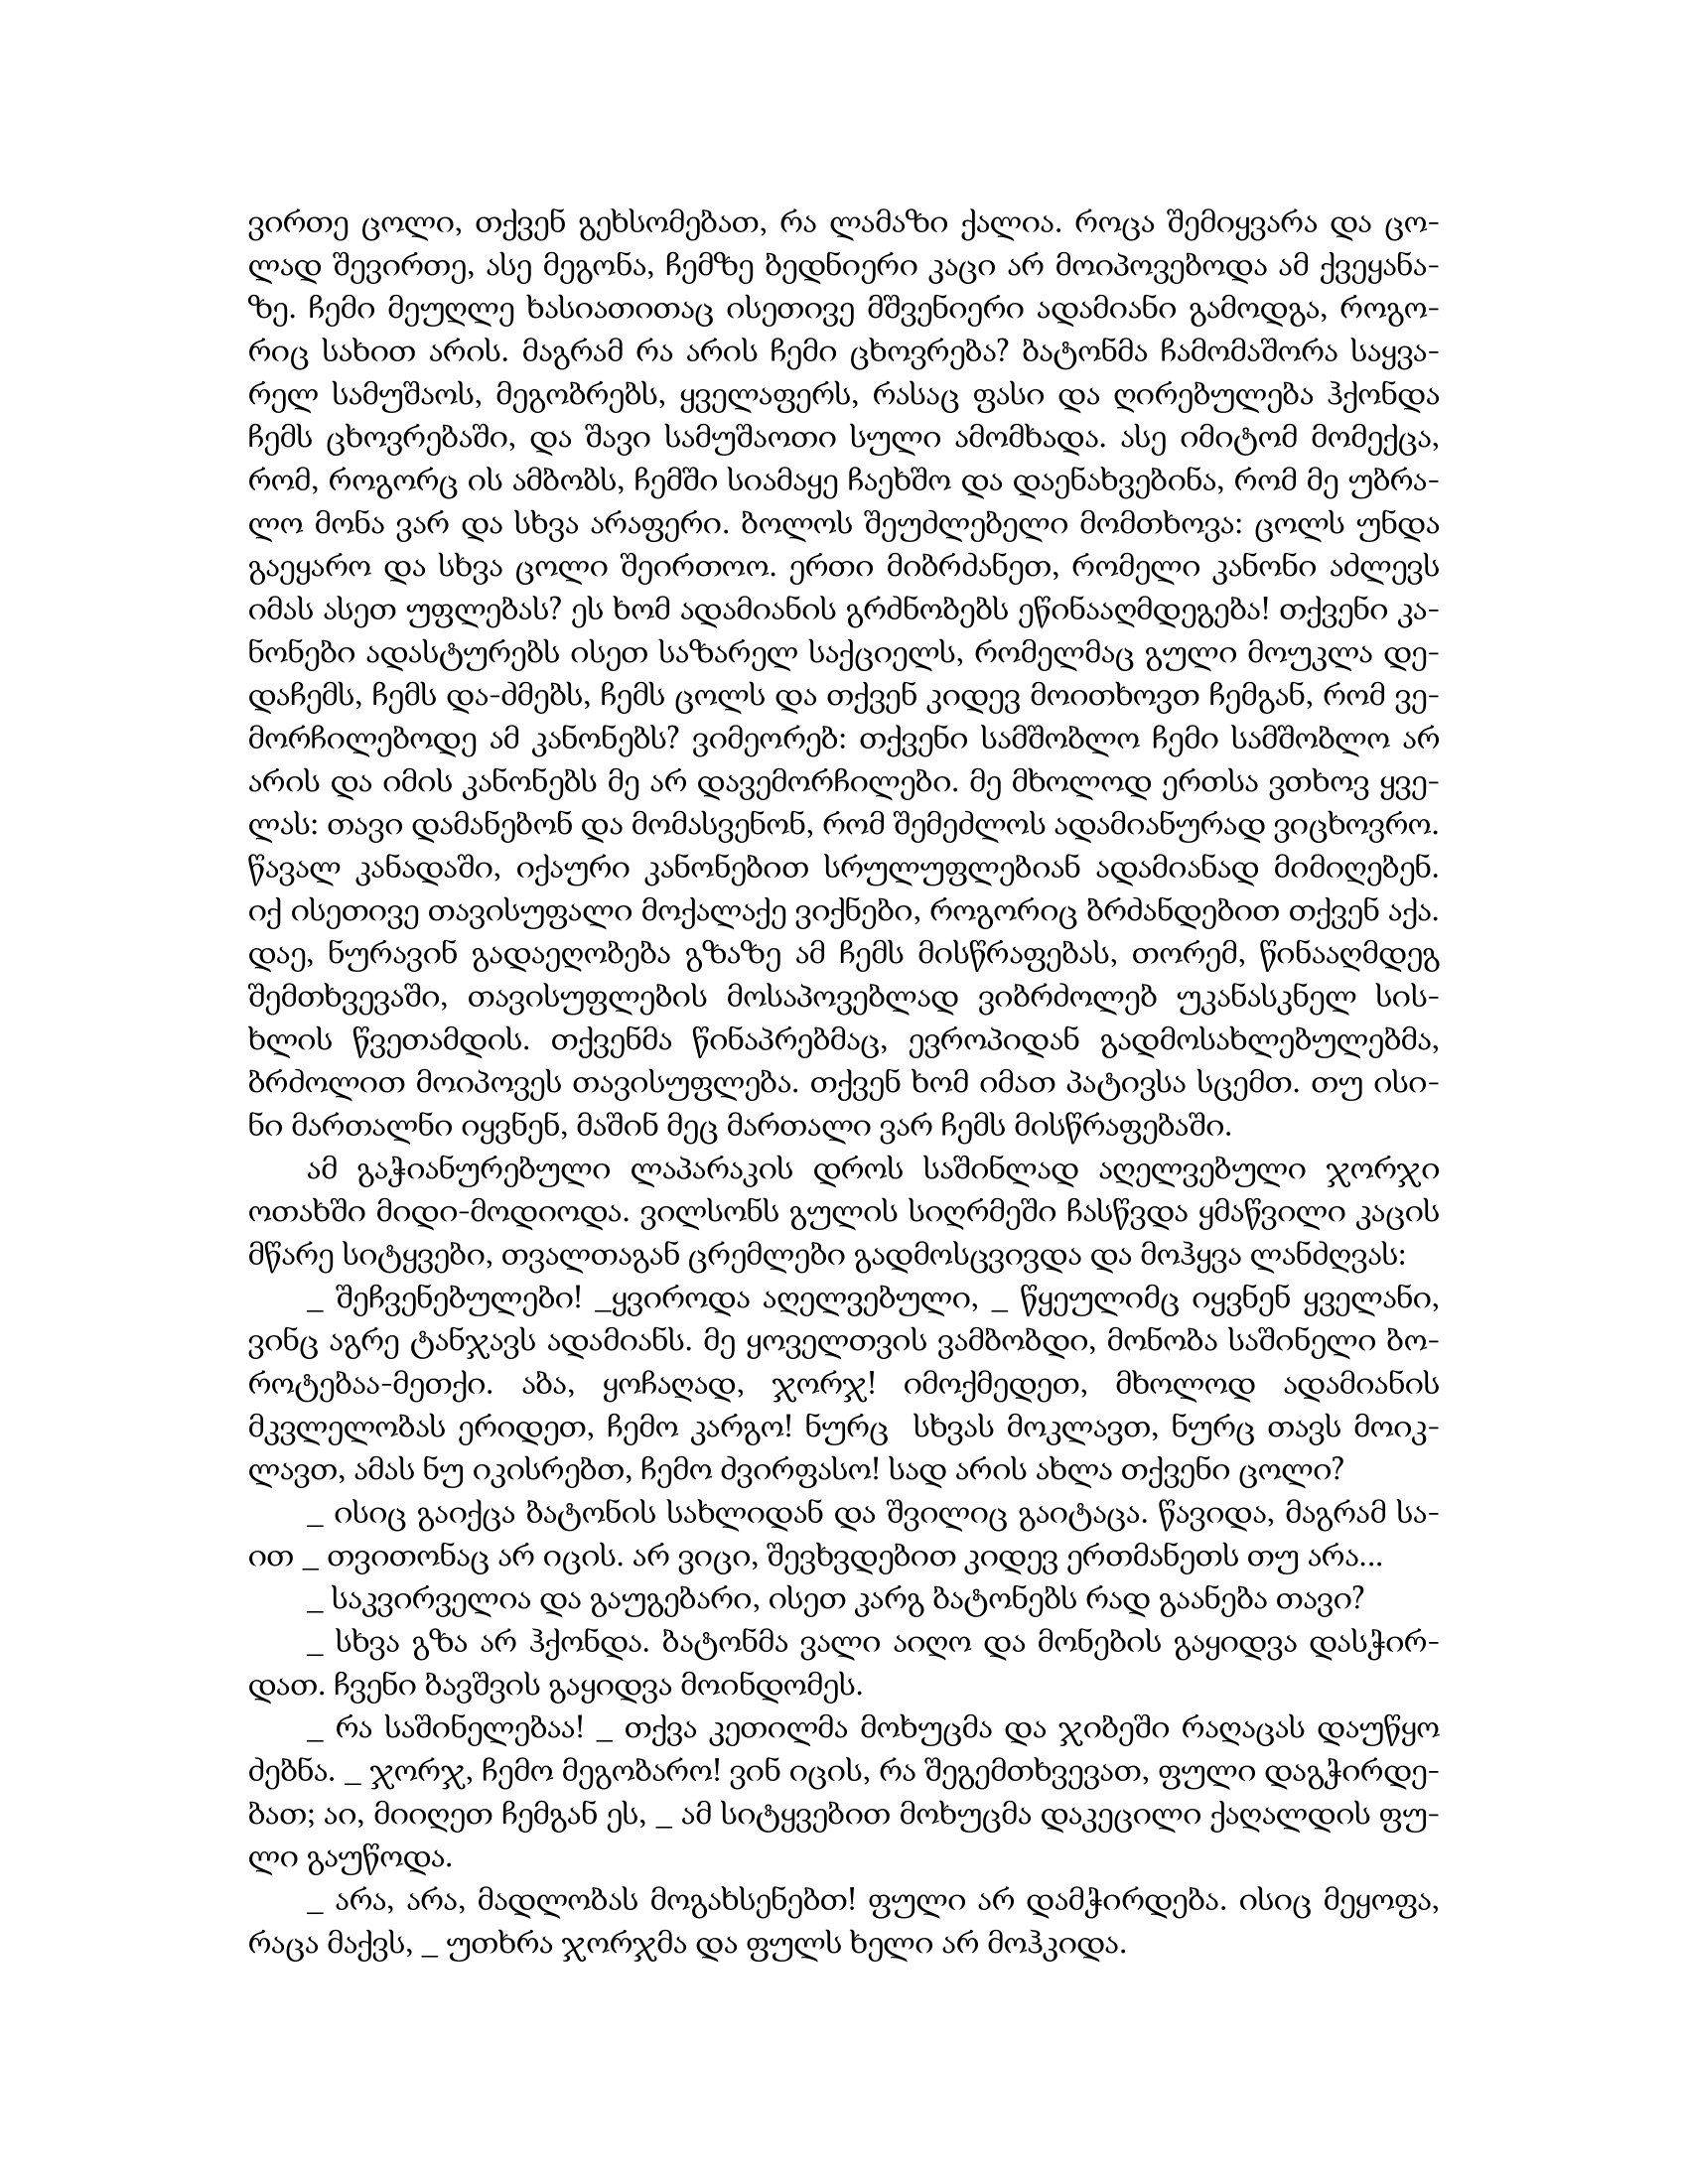
Language: gr